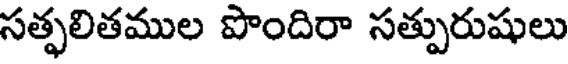
సత్ఫలితముల పొందిరా సత్పురుషులు